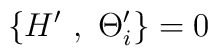
\left\{ H^{\prime}~,~ \Theta^{\prime}_{i}\right\} = 0